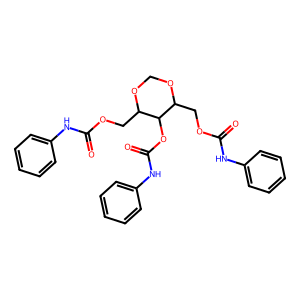
SMILES: O=C(Nc1ccccc1)OCC1OCOC(COC(=O)Nc2ccccc2)C1OC(=O)Nc1ccccc1
Inhibits HIV replication: No